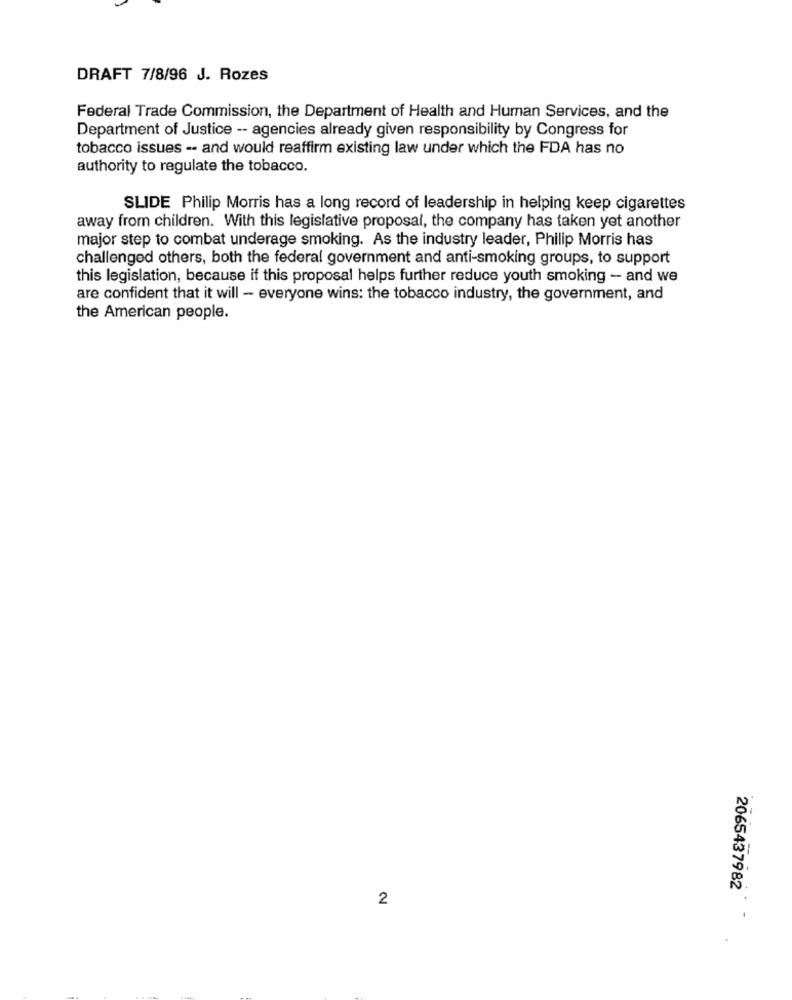
DRAFT 7/8/96 J. Rozes
Federal Trade Commission, the Department of Health and Human Services, and the
Department of Justice -- agencies already given responsibility by Congress for
tobacco issues -- and would reaffirm existing law under which the FDA has no
authority to regulate the tobacco.
SLIDE Philip Morris has a long record of leadership in helping keep cigarettes
away from children. With this legislative proposal, the company has taken yet another
major step to combat underage smoking. As the industry leader, Philip Morris has
challenged others, both the federal government and anti-smoking groups, to support
this legislation, because if this proposal helps further reduce youth smoking -- and we
are confident that it will - everyone wins: the tobacco industry, the government, and
the American people.
2
2065437982